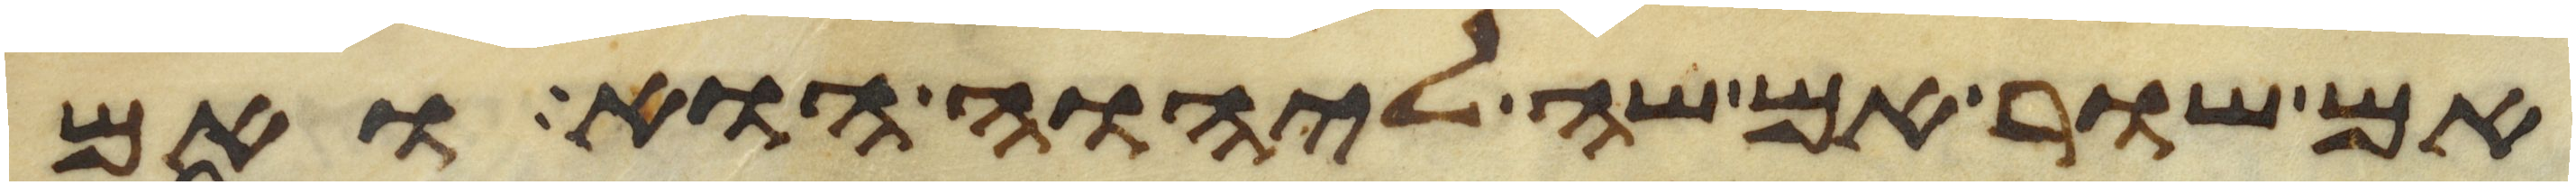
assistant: אם שור אם שה ליהוה הוא ואם